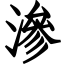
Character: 滲